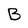
Character: B